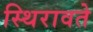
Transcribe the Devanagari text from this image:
स्थिरावते